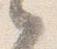
之